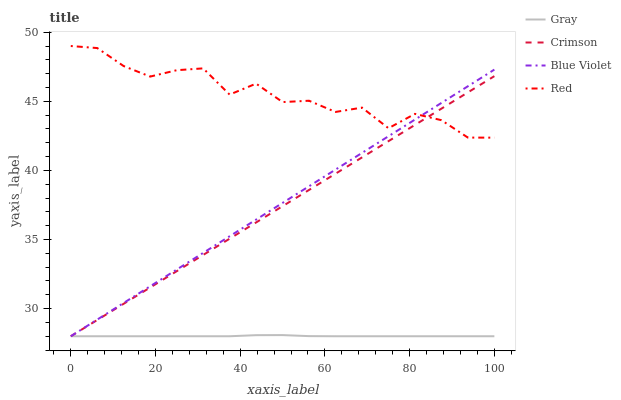
| xaxis_label | Gray | Crimson | Blue Violet | Red |
 | --- | --- | --- | --- | --- |
 | 0 | 28 | 28 | 28 | 49 |
 | 6.25 | 28 | 29.2 | 29.2 | 48.9 |
 | 12.5 | 28 | 30.4 | 30.4 | 47.5 |
 | 18.8 | 28 | 31.5 | 31.6 | 46.8 |
 | 25 | 28 | 32.7 | 32.8 | 47.2 |
 | 31.2 | 28 | 33.9 | 34 | 47.4 |
 | 37.5 | 28 | 35.1 | 35.2 | 45.5 |
 | 43.8 | 28.1 | 36.2 | 36.4 | 46.3 |
 | 50 | 28.1 | 37.4 | 37.6 | 44.9 |
 | 56.2 | 28 | 38.6 | 38.9 | 45 |
 | 62.5 | 28 | 39.8 | 40.1 | 44.2 |
 | 68.8 | 28 | 40.9 | 41.3 | 44.5 |
 | 75 | 28 | 42.1 | 42.5 | 43.1 |
 | 81.2 | 28 | 43.3 | 43.7 | 44.1 |
 | 87.5 | 28 | 44.5 | 44.9 | 43.6 |
 | 93.8 | 28 | 45.6 | 46.1 | 42.4 |
 | 100 | 28 | 46.8 | 47.3 | 42.4 |